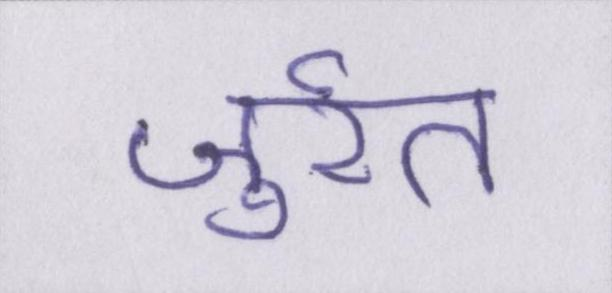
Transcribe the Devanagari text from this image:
जुर्रत